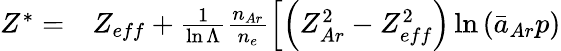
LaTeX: \begin{array}{rl}{Z^{*}=}&{{}Z_{eff}+\frac{1}{\ln\Lambda}\frac{n_{Ar}}{n_{e}}\left[\left(Z_{Ar}^{2}-Z_{eff}^{2}\right)\ln\left(\bar{a}_{Ar}p\right)\right.}\end{array}